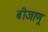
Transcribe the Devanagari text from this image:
बीजाणू